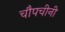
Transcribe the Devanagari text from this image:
चौपचीनी